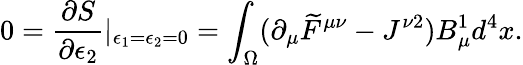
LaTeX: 0=\frac{\partial S}{\partial\epsilon_{2}}|_{\epsilon_{1}=\epsilon_{2}=0}=\int_{\Omega}(\partial_{\mu}\widetilde{F}^{\mu\nu}-J^{\nu 2})B_{\mu}^{1}d^{4}x.